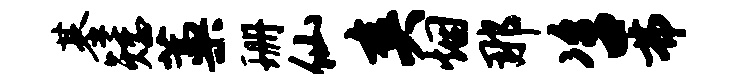
基矮藁珊仙爽烟那咨弗